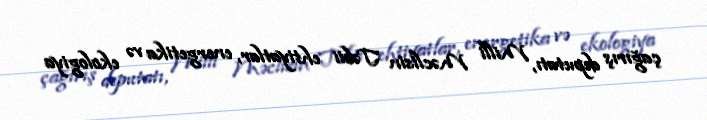
çağırış deputatı, Milli Məclisin Təbii ehtiyatlar, energetika və ekologiya